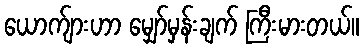
ယောက်ျားဟာ မျှော်မှန်းချက် ကြီးမားတယ်။